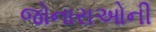
જોનારાઓની